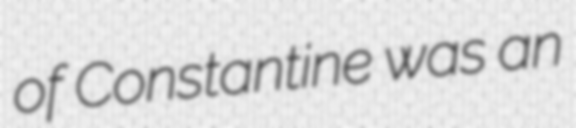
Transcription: of Constantine was an